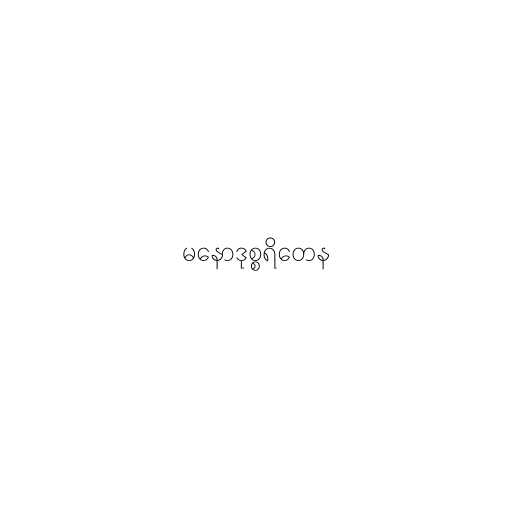
မနောဒုစ္စရိတေန